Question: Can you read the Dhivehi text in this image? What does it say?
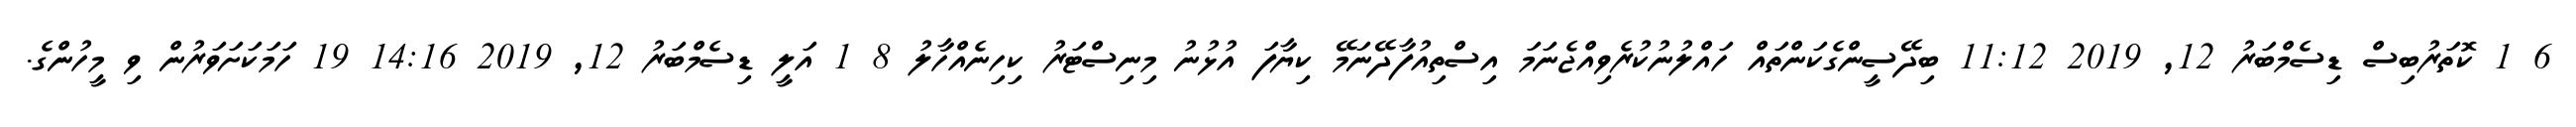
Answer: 6 1 ކޮތަރުބިސް ޑިސެމްބަރު 12, 2019 11:12 ބިދޭސީންގެކަންތައް ހައްލުނުކުރެވިއްޖެނަމަ އިސްތިއުފާދޭނަމޭ ކިޔާފަ އުޅުނު މިނިސްޓަރު ކިހިނެއްހާލު 8 1 އަލީ ޑިސެމްބަރު 12, 2019 14:16 19 ހަމަކަށަވަރުން ވި މީހުންގެ.